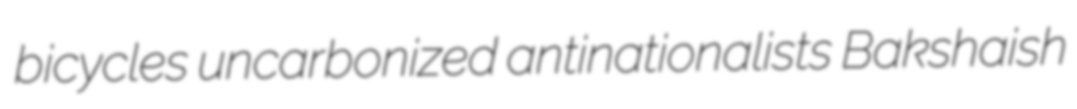
bicycles uncarbonized antinationalists Bakshaish